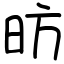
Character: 昉